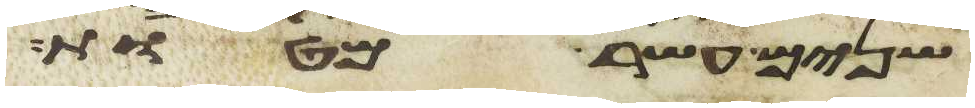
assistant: שנים עשר מטות